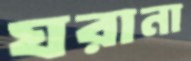
ঘরানা